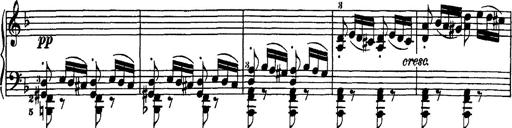
Title: Hungarian Rhapsody No.7
Composer: Franz Liszt
Key: D minor